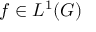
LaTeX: f \in L ^ { 1 } ( G )